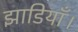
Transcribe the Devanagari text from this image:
झाडियाँ।